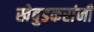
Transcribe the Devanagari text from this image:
खेबुडकरांनी